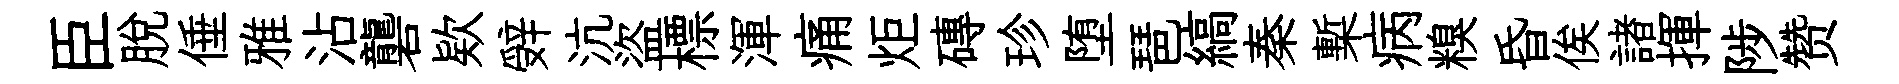
臣脫倕雅沾礱欵辤沆盜標渾痛炬磚珍堕琶縞秦槧病糗昏俟諸揮陟赞